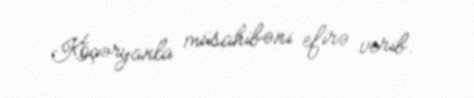
Köçəryanla müsahibəni efirə verib.